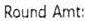
ROUND AMT: